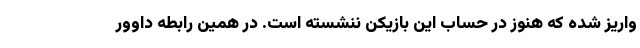
واریز شده که هنوز در حساب این بازیکن ننشسته است. در همین رابطه داوور